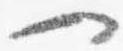
一